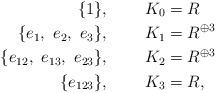
LaTeX: \begin{align*}\{1\}, &\qquad\ K_0=R\\\{e_1,\ e_2,\ e_3\}, &\qquad\ K_1=R^{\oplus 3}\\ \{e_{12},\ e_{13},\ e_{23}\}, &\qquad\ K_2=R^{\oplus 3}\\ \{e_{123}\}, &\qquad\ K_3=R, \end{align*}